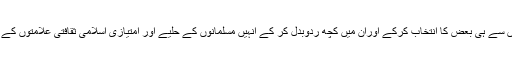
ہندوستانی ثقافتی مظاہر میں سے ہی بعض کا انتخاب کرکے اوران میں کچھ ردوبدل کر کے انہیں مسلمانوں کے حلیے اور امتیازی اسلامی ثقافتی علامتوں کے طور پر جاری کر دیا گیا۔